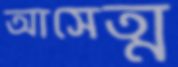
আসেত্ম